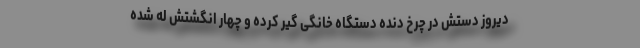
دیروز دستش در چرخ دنده دستگاه خانگی گیر کرده و چهار انگشتش له شده